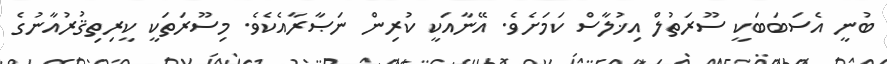
ބުނީ އެސަބަބަކީ ސޫރަތުލް އިޚުލާސް ކަމަށެވެ. އޭނާއަކީ ކުރިން ނަޞާރާއެކެވެ. މިސޫރަތަކީ ކީރިތިޤުރުއާނުގެ